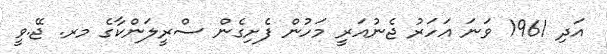
އަދި 1961 ވަނަ އަހަރު ޖެނުއަރީ މަހުން ފެށިގެން ސްރީލަންކާގެ މރ. ޖޭ.ވީ